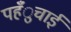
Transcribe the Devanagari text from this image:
पहँुचाई